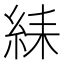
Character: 䋘